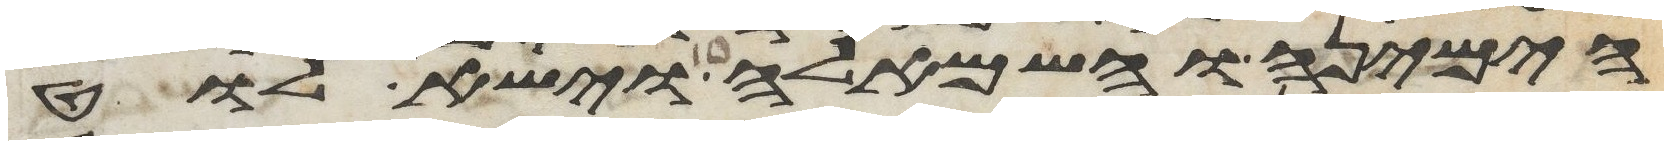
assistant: הימינה והשמאלה וישא לוט